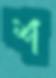
শ